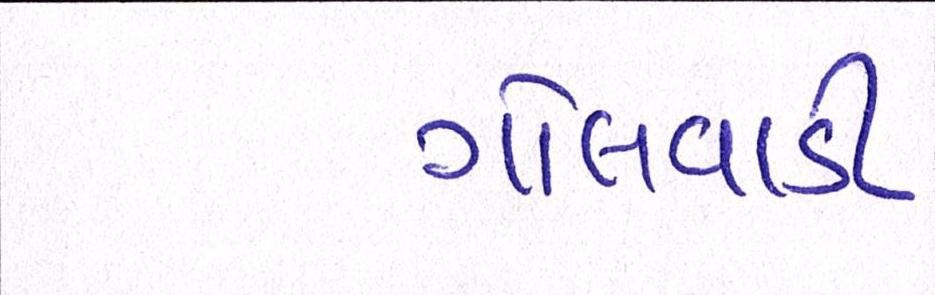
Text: ગોલવાડી